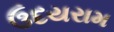
ઉદયરામ